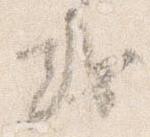
或